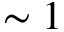
\sim 1